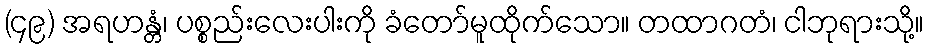
(၄၉) အရဟန္တံ၊ ပစ္စည်းလေးပါးကို ခံတော်မူထိုက်သော။ တထာဂတံ၊ ငါဘုရားသို့။